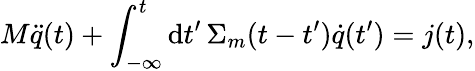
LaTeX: M\ddot{q}(t)+\int_{-\infty}^{t}\mathrm{d}t^{\prime}\, \Sigma_{m}(t-t^{\prime})\dot{q}(t^{\prime})={j}(t),